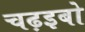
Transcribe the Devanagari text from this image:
चढ़इबो